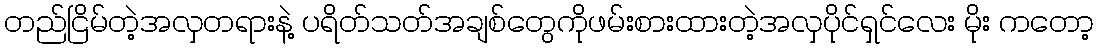
တည်ငြိမ်တဲ့အလှတရားနဲ့ ပရိတ်သတ်အချစ်တွေကိုဖမ်းစားထားတဲ့အလှပိုင်ရှင်လေး မိုး ကတော့